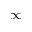
\infty